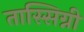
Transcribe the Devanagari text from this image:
तास्सिग्नी